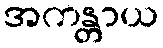
အကန္တာယ